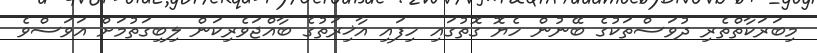
މިބަރަކާތްތެރި ދުވަސްތަކުގެ ބޭނުން ހެޔޮ ގޮތުގައި ހިފައި އާޚިރަތުގެ ބާއްޖަވެރިކަން ލިބިގަތުމަށް އަވަސްވެ